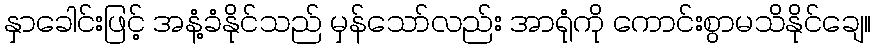
နှာခေါင်းဖြင့် အနံ့ခံနိုင်သည် မှန်သော်လည်း အာရုံကို ကောင်းစွာမသိနိုင်ချေ။